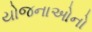
યોજનાઓનો